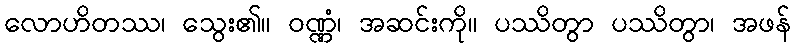
လောဟိတဿ၊ သွေး၏။ ဝဏ္ဏံ၊ အဆင်းကို။ ပဿိတွာ ပဿိတွာ၊ အဖန်